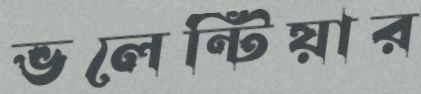
ভলেন্টিয়ার